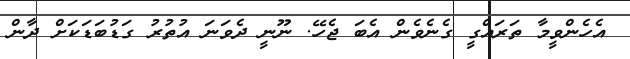
އެހެންވީމާ ތަރައްގީ ގެނެވެން އެބަ ޖެހޭ. ނޫނީ ދެވަނަ އުތުރު ގަޑުބަޑަކަށް ދާން